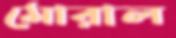
মোরাল